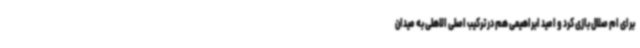
برای ام صلال بازی کرد و امید ابراهیمی هم در ترکیب اصلی الاهلی به میدان